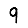
Digit: 9